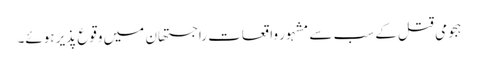
ہجومی قتل کے سب سے مشہور واقعات راجستھان میں وقوع پذیر ہوئے۔